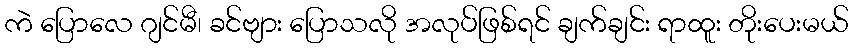
ကဲ ပြောလေ ဂျင်မီ၊ ခင်ဗျား ပြောသလို အလုပ်ဖြစ်ရင် ချက်ချင်း ရာထူး တိုးပေးမယ်